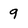
Character: 9